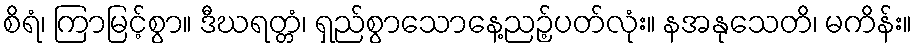
စိရံ၊ ကြာမြင့်စွာ။ ဒီဃရတ္တံ၊ ရှည်စွာသောနေ့ညဉ့်ပတ်လုံး။ နအနုသေတိ၊ မကိန်း။